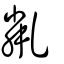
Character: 亃